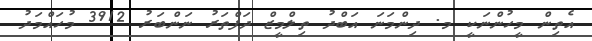
އެތިން މީހުންނަކީ މ. ދިންމަނަ އަބްދު ތިލްމީޒް ދަފްތަރު ނަންބަރު 3912 މުހައްމަދު